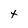
Character: t